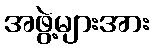
အဖွဲ့များအား